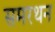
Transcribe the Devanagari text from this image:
समरथन